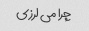
چرا می لرزی